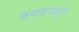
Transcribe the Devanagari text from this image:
जयत्रययुतः